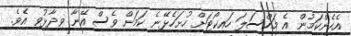
އެހެންކަމުން އެ މައްސަލަ ހައިކޯޓަށް ހުށަހެޅޭނެ ކަމަށް ވެސް އޭނާ ވިދާޅުވި އެވެ.